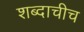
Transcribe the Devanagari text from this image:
शब्दाचीच